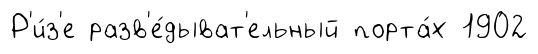
Р'и́з'е разв'е́дыват'ельный порта́х 1902